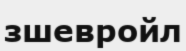
зшевройл